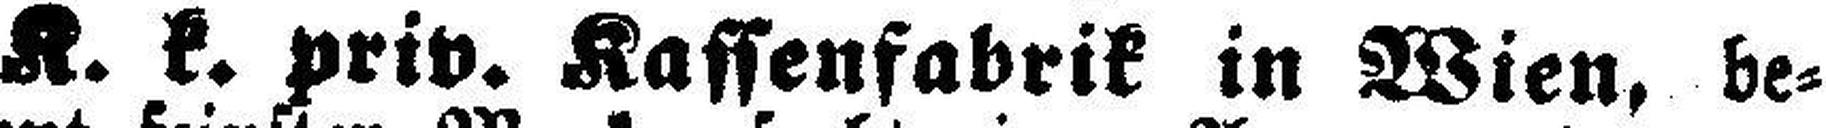
K. k. priv. Kassenfabrik in Wien, be¬